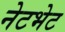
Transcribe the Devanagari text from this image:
नेटभेट